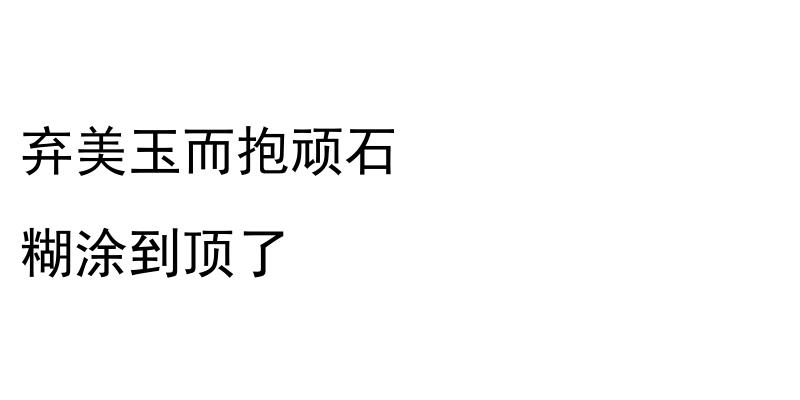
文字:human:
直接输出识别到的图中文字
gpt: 弃美玉而抱顽石 糊涂到顶了